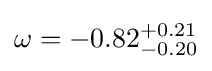
\omega =-0.82_{-0.20}^{+0.21}